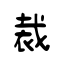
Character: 裁